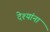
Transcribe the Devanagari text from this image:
देश्यांना